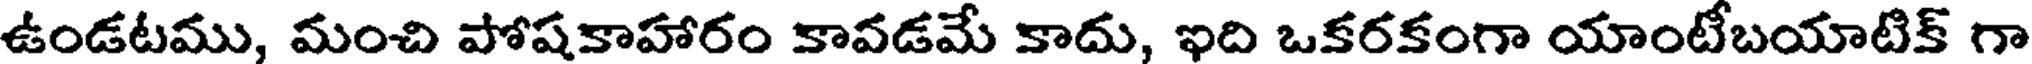
ఉండటము, మంచి పోషకాహారం కావడమే కాదు, ఇది ఒకరకంగా యాంటీబయాటిక్ గా